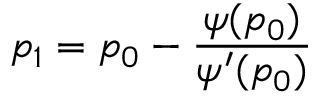
p _ { 1 } = p _ { 0 } - \frac { \psi ( p _ { 0 } ) } { \psi ^ { \prime } ( p _ { 0 } ) }